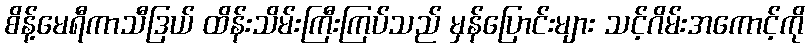
စိန့်မေရီကာသီဒြယ် ထိန်းသိမ်းကြီးကြပ်သည် မှန်ပြောင်းများ သင့်ဂိမ်းအကောင့်ကို